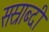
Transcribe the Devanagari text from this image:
सस्राब्दी